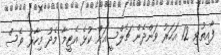
ފާއިތުވި 12 އަހަރު ވަންދެން ޗެލްސީއަށް ކުޅެ އެޓީމާ މެދު މިހާރު ވެސް